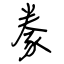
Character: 豢